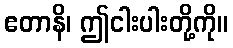
ဧတာနိ၊ ဤငါးပါးတို့ကို။